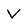
Character: V